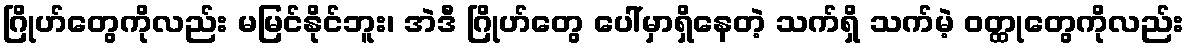
ဂြိုဟ်တွေကိုလည်း မမြင်နိုင်ဘူး၊ အဲဒီ ဂြိုဟ်တွေ ပေါ်မှာရှိနေတဲ့ သက်ရှိ သက်မဲ့ ဝတ္ထုတွေကိုလည်း